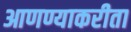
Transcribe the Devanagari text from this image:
आणण्याकरीता